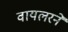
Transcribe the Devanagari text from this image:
वायलरने